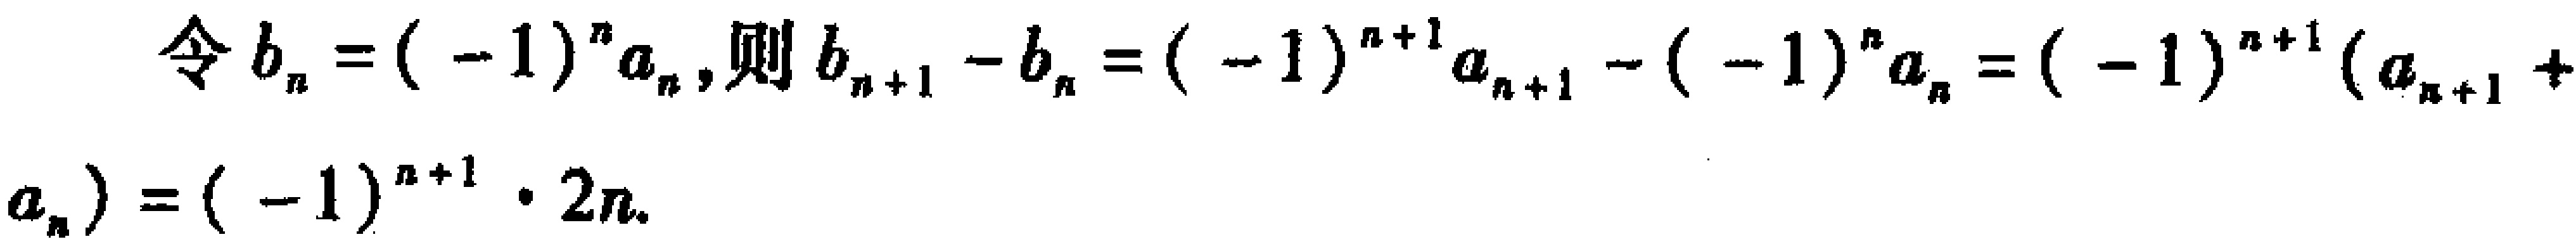
令\(b_{n}=(-1)^{n}a_{n}\),则\(b_{n + 1}-b_{n}=(-1)^{n + 1}a_{n + 1}-(-1)^{n}a_{n}=(-1)^{n + 1}(a_{n + 1}+a_{n})=(-1)^{n + 1}\cdot 2n\).